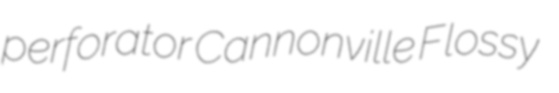
perforator Cannonville Flossy